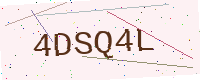
Text: 4DSQ4L